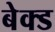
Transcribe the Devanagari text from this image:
बेक्‍ड